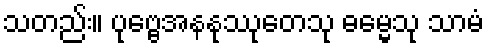
သတည်း။ ပုဗ္ဗေအနနုဿုတေသု ဓမ္မေသု သာမံ